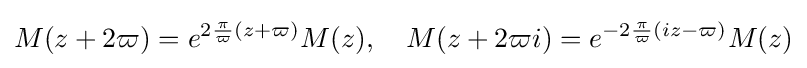
M(z+2\varpi )=e^{2{\frac {\pi }{\varpi }}(z+\varpi )}M(z),\quad M(z+2\varpi i)=e^{-2{\frac {\pi }{\varpi }}(iz-\varpi )}M(z)